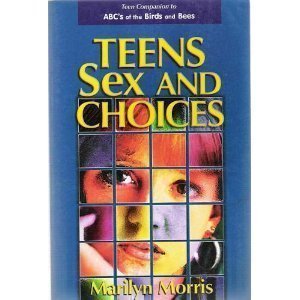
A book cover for Teens Sex and Choices; Marilyn Morris; Teen & Young Adult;